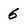
Character: 6